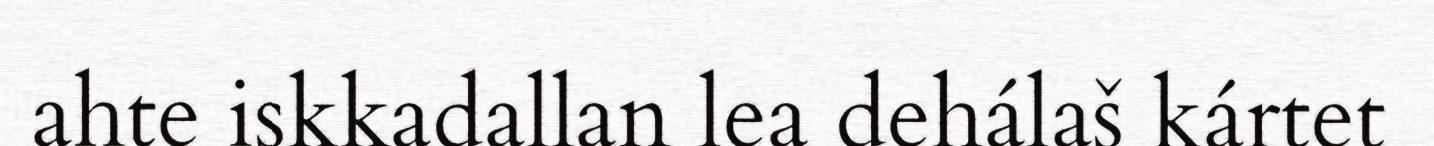
ahte iskkadallan lea dehálaš kártet